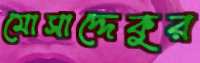
মোসাদ্দেকুর